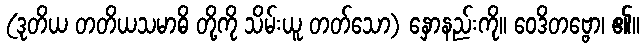
(ဒုတိယ တတိယသမာဓိ တို့ကို သိမ်းယူ တတ်သော) နှောနည်းကို။ ဝေဒိတဗ္ဗော၊ ၏။